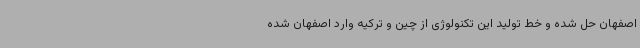
اصفهان حل شده و خط تولید این تکنولوژی از چین و ترکیه وارد اصفهان شده